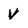
Character: v